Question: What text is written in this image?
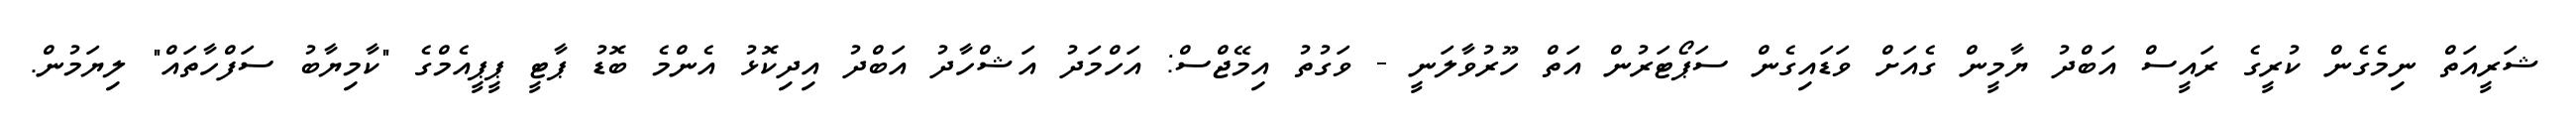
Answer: ޝަރީއަތް ނިމެގެން ކުރީގެ ރައީސް އަބްދު ޔާމީން ގެއަށް ވަޑައިގެން ސަޕޯޓަރުން އަތް ހޫރުވާލަނީ - ވަގުތު އިމޭޖްސް: އަހްމަދު އަޝްހާދު އަބްދު އިދިކޮޅު އެންމެ ބޮޑު ޕާޓީ ޕީޕީއެމްގެ "ކާމިޔާބު ސަފްހާތައް" ލިޔަމުން.